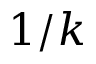
1 / k